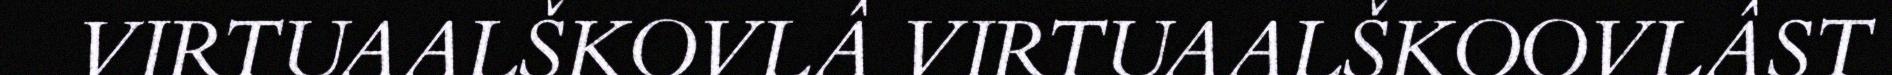
VIRTUAALŠKOVLÂ VIRTUAALŠKOOVLÂST